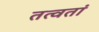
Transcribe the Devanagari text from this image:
तत्वतां